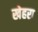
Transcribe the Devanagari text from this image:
खेहरा